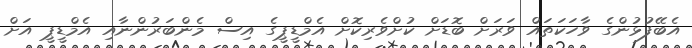
އެބޭފުޅުންގެ ވާހަކަތައް ވަރަށް ބޮޑަށް ކުށްވެރިކޮށް އެމްޑީޕީގެ އިސް މެންބަރުންނާއި އެމްޑީޕީ އަށް